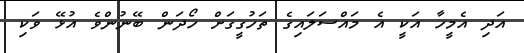
އަދި އެމީހާ އަކީ އެ މައްސަލައިގެ ތަހުގީގަށް ހޯދަން ބޭނުންވެ އުޅޭ ވަކި